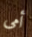
أمى